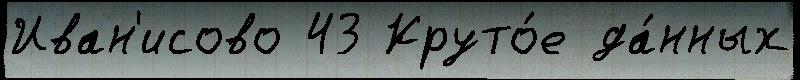
Иван'исово 43 Круто́е да́нных